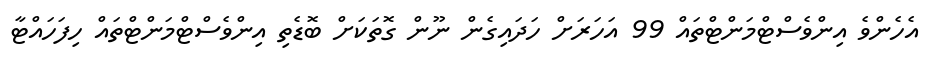
އެހެންވެ އިންވެސްޓްމަންޓްތައް 99 އަހަރަށް ހަދައިގެން ނޫން ގޮތަކަށް ބޮޑެތި އިންވެސްޓްމަންޓްތައް ހިފަހައްޓާ